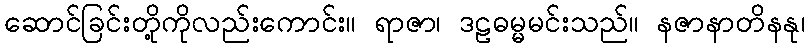
ဆောင်ခြင်းတို့ကိုလည်းကောင်း။ ရာဇာ၊ ဒဠဓမ္မမင်းသည်။ နဇာနာတိနနု၊